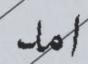
امد